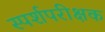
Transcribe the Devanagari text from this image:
स्पर्शपरीक्षक